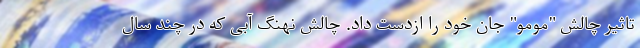
تاثیر چالش "مومو" جان خود را ازدست داد. چالش نهنگ آبی که در چند سال